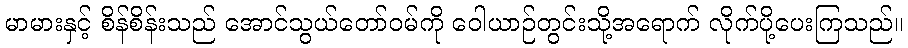
မာမားနှင့် စိန်စိန်းသည် အောင်သွယ်တော်ဝမ်ကို ဝေါယာဉ်တွင်းသို့အရောက် လိုက်ပို့ပေးကြသည်။